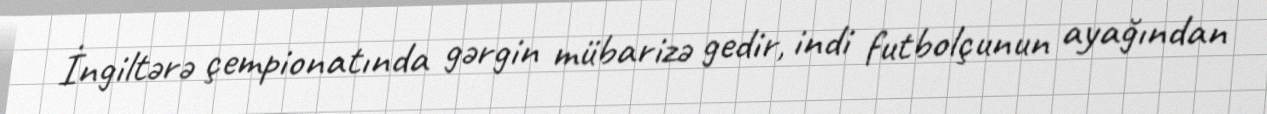
İngiltərə çempionatında gərgin mübarizə gedir, indi futbolçunun ayağından